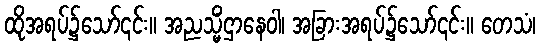
ထိုအရပ်၌သော်၎င်း။ အညသ္မိံဌာနေဝါ၊ အခြားအရပ်၌သော်၎င်း။ တေသံ၊